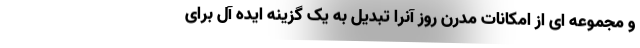
و مجموعه ای از امکانات مدرن روز آنرا تبدیل به یک گزینه ایده آل برای